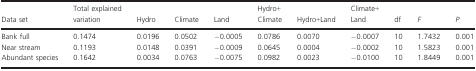
<table><thead><tr><td><b>Data set</b></td><td><b>Total explained variation</b></td><td><b>Hydro</b></td><td><b>Climate</b></td><td><b>Land</b></td><td><b>Hydro+ Climate</b></td><td><b>Hydro+Land</b></td><td><b>Climate+Land</b></td><td><b>df</b></td><td><b><i>F</i></b></td><td><b><i>P</i></b></td></tr></thead><tbody><tr><td>Bank full</td><td>0.1474</td><td>0.0196</td><td>0.0502</td><td>−0.0005</td><td>0.0786</td><td>0.0070</td><td>−0.0007</td><td>10</td><td>1.7432</td><td>0.001</td></tr><tr><td>Near stream</td><td>0.1193</td><td>0.0148</td><td>0.0391</td><td>−0.0009</td><td>0.0645</td><td>0.0004</td><td>−0.0002</td><td>10</td><td>1.5823</td><td>0.001</td></tr><tr><td>Abundant species</td><td>0.1642</td><td>0.0034</td><td>0.0763</td><td>−0.0075</td><td>0.0982</td><td>0.0023</td><td>−0.0100</td><td>10</td><td>1.8449</td><td>0.001</td></tr></tbody></table>